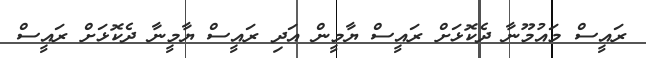
ރައީސް މައުމޫނާ ދެކޮޅަށް ރައީސް ޔާމީން އަދި ރައީސް ޔާމީނާ ދެކޮޅަށް ރައީސް